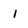
Character: i